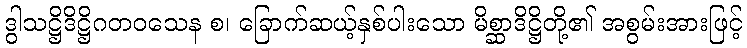
ဒွါသဋ္ဌိဒိဋ္ဌိဂတဝသေန စ၊ ခြောက်ဆယ့်နှစ်ပါးသော မိစ္ဆာဒိဋ္ဌိတို့၏ အစွမ်းအားဖြင့်